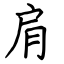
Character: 肩